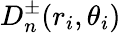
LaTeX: D_{n}^{\pm}(r_{i},\theta_{i})